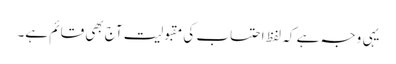
یہی وجہ ہے کہ لفظ احتساب کی مقبولیت آج بھی قائم ہے۔